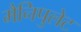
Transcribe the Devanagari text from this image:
मैनिपुलेट